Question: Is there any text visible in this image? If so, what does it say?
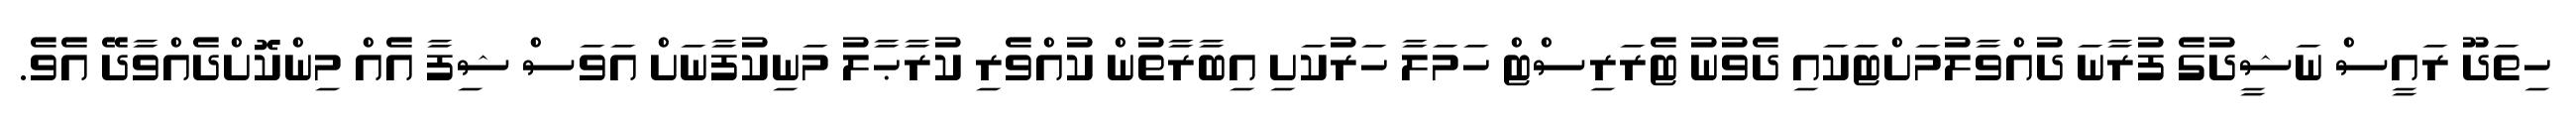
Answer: ހިތަދޫ ރައީސް ނަޝީދުގެ ފުރާނަ ދުއްވާލުމަށްޓަކައި ދެވުނު ޓެރަރިސްޓް ހަމަލާ ހަރުކަށި އިބާރާތުން ކުއްވެރި ކުރާޙާލު މަނިކުފާނަށް އަވަސް ޝިފާ އެއް މިންކޮށްދެއްވާދޭ އެވެ.